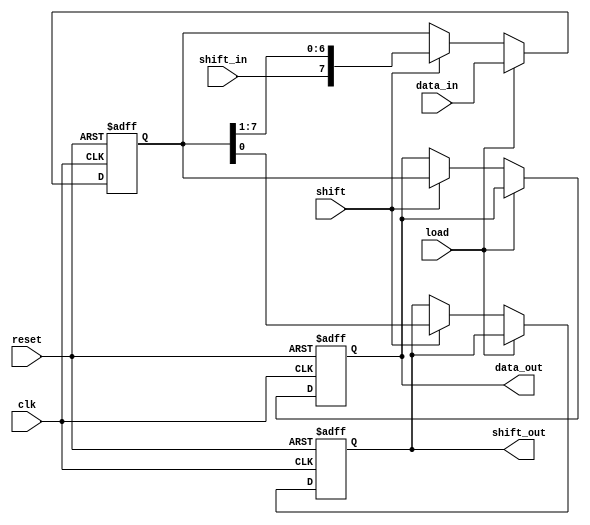
module ParameterizedShiftRegister #(
    parameter WIDTH = 8,         // Width of the shift register
    parameter MODE = 0           // 0: SIPO, 1: PISO, 2: Simple Shift
)(
    input wire clk,              // Clock signal
    input wire reset,            // Asynchronous reset
    input wire [WIDTH-1:0] data_in, // Parallel input data (for PISO)
    input wire shift_in,         // Serial input data (for SIPO)
    input wire load,             // Load control signal
    input wire shift,            // Shift control signal
    output reg [WIDTH-1:0] data_out, // Parallel output data (for SIPO)
    output reg shift_out         // Serial output data (for SIPO)
);

    // Internal register to hold the shift register data
    reg [WIDTH-1:0] shift_reg;

    always @(posedge clk or posedge reset) begin
        if (reset) begin
            // Reset the shift register to 0
            shift_reg <= {WIDTH{1'b0}};
            data_out <= {WIDTH{1'b0}};
            shift_out <= 1'b0;
        end else begin
            // Load operation
            if (load) begin
                shift_reg <= data_in; // Load data in PISO mode
            end else if (shift) begin
                // Shift operation
                case (MODE)
                    0: begin // SIPO mode
                        shift_out <= shift_reg[0]; // Shift out the LSB
                        shift_reg <= {shift_in, shift_reg[WIDTH-1:1]}; // Shift right
                        data_out <= shift_reg; // Update data_out
                    end
                    1: begin // PISO mode
                        shift_out <= shift_reg[WIDTH-1]; // Shift out the MSB
                        shift_reg <= {shift_reg[WIDTH-2:0], 1'b0}; // Shift left
                    end
                    2: begin // Simple Shift mode
                        shift_out <= shift_reg[0]; // Shift out the LSB
                        shift_reg <= {shift_in, shift_reg[WIDTH-1:1]}; // Shift right
                    end
                    default: begin
                        shift_out <= 1'b0; // Default case
                    end
                endcase
            end
        end
    end

endmodule